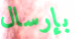
بإرسال